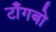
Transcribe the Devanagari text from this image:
टाँगबो